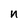
Character: n